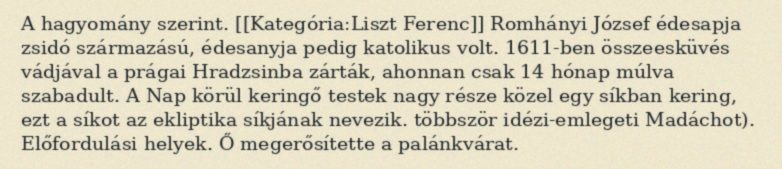
A hagyomány szerint. [[Kategória:Liszt Ferenc]] Romhányi József édesapja zsidó származású, édesanyja pedig katolikus volt. 1611-ben összeesküvés vádjával a prágai Hradzsinba zárták, ahonnan csak 14 hónap múlva szabadult. A Nap körül keringő testek nagy része közel egy síkban kering, ezt a síkot az ekliptika síkjának nevezik. többször idézi-emlegeti Madáchot). Előfordulási helyek. Ő megerősítette a palánkvárat.